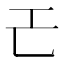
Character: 𢀒